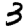
Digit: 3